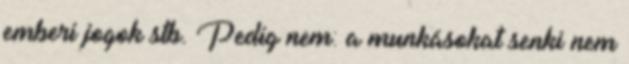
emberi jogok stb. Pedig nem: a munkásokat senki nem